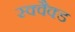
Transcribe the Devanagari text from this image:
स्क्वैक्ड